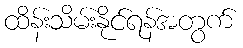
ထိန်းသိမ်းနိုင်ရန်အတွက်